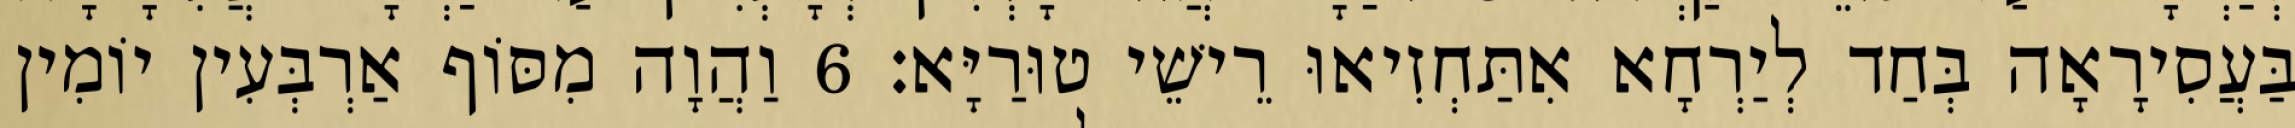
בַּעֲסִירָאָה בְּחַד לְיַרְחָא אִתַּחְזִיאוּ רֵישֵׁי טוּרַיָּא׃ 6 וַהֲוָה מִסּוֹף אַרְבְּעִין יוֹמִין